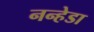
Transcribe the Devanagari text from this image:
नन्हेडा